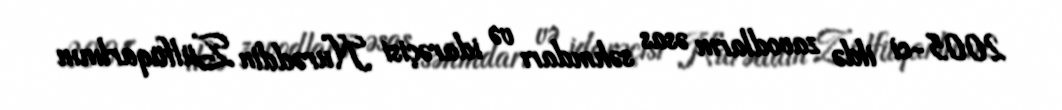
2005-ci ildə zavodların əsas səhmdarı və idarəçisi Nurəddin Zülfüqarlının